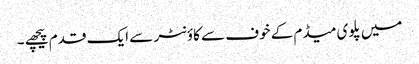
میں پلوی میڈم کے خوف سے کاؤنٹر سے ایک قدم پیچھے ۔